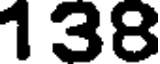
138